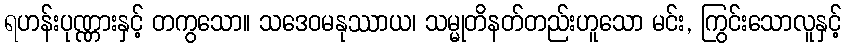
ရဟန်းပုဏ္ဏားနှင့် တကွသော။ သဒေဝမနုဿာယ၊ သမ္မုတိနတ်တည်းဟူသော မင်း, ကြွင်းသောလူနှင့်